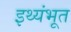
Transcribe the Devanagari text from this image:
इथ्यंभूत